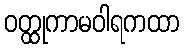
ဝတ္ထုကာမဝါရကထာ